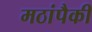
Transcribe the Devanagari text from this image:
मठांपैकी